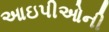
આઇપીઓની